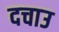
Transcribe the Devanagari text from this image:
दचाउ